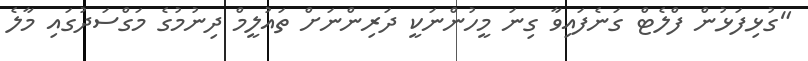
"ގުޅިފަޅުން ފްލެޓް ގަނެފައިވާ ގިނަ މީހުންނަކީ ދަރިންނަށް ތައުލީމް ދިނުމުގެ މަގްސަދުގައި މާލެ